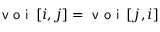
\textsf { v o i } \left[ i , j \right] = \textsf { v o i } \left[ j , i \right]